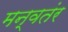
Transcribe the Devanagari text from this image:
मन्वतंर